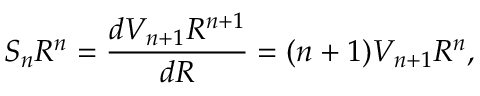
S _ { n } R ^ { n } = { \frac { d V _ { n + 1 } R ^ { n + 1 } } { d R } } = { ( n + 1 ) V _ { n + 1 } R ^ { n } } ,